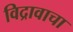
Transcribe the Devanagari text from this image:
विद्रावाचा